Vaccination in the Punjab 1905-1918 - 1905-1918
Year: 1905
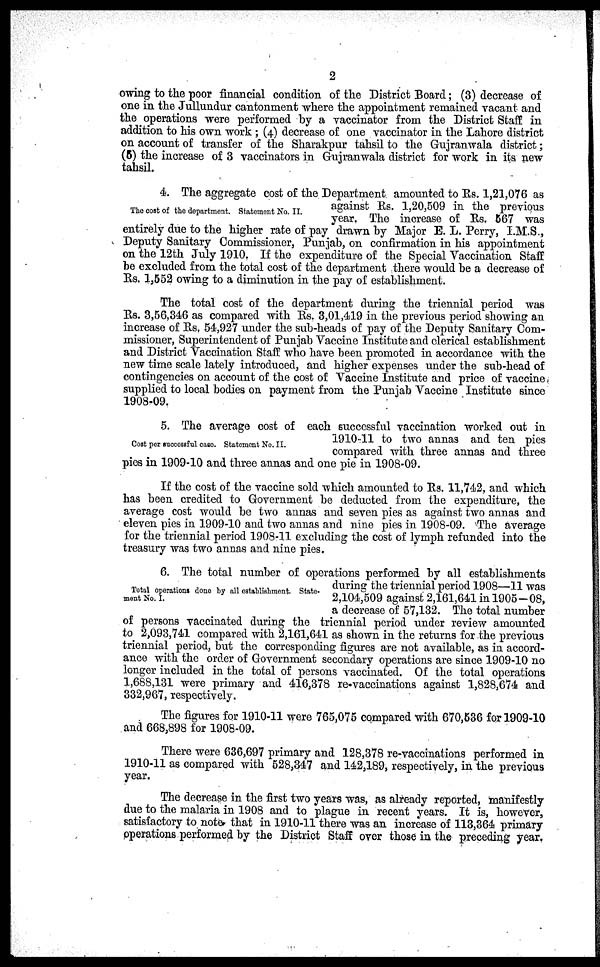
2
owing to the poor financial condition of the District Board; (3) decrease of
one in the Jullundur cantonment where the appointment remained vacant and
the operations were performed by a vaccinator from the District Staff in
addition to his own work ; (4) decrease of one vaccinator in the Lahore district
on account of transfer of the Sharakpur tahsil to the Gujranwala district;
(5) the increase of 3 vaccinators in Gujranwala district for work in its new
tahsil.
The cost of the department. Statement No. II.
4. The aggregate cost of the Department amounted to Rs. 1,21,076 as
against Rs. 1,20,509 in the previous
year. The increase of Rs. 567 was
entirely due to the higher rate of pay drawn by Major E. L. Perry, I.M.S.,
Deputy Sanitary Commissioner, Punjab, on confirmation in his appointment
on the 12th July 1910. If the expenditure of the Special Vaccination Staff
be excluded from the total cost of the department there would be a decrease of
Rs. 1,552 owing to a diminution in the pay of establishment.
The total cost of the department during the triennial period was
Rs. 3,56,346 as compared with Rs. 3,01,419 in the previous period showing an
increase of Rs. 54,927 under the sub-heads of pay of the Deputy Sanitary Com-
missioner, Superintendent of Punjab Vaccine Institute and clerical establishment
and District Vaccination Staff who have been promoted in accordance with the
new time scale lately introduced, and higher expenses under the sub-head of
contingencies on account of the cost of Vaccine Institute and price of vaccine
supplied to local bodies on payment from the Punjab Vaccine Institute since
1908-09.
Cost per successful case. Statement No. II.
5. The average cost of each successful vaccination worked out in
1910-11 to two annas and ten pies
compared with three annas and three
pies in 1909-10 and three annas and one pie in 1908-09.
If the cost of the vaccine sold which amounted to Rs. 11,742, and which
has been credited to Government be deducted from the expenditure, the
average cost would be two annas and seven pies as against two annas and
eleven pies in 1909-10 and two annas and nine pies in 1908-09. The average
for the triennial period 1908-11 excluding the cost of lymph refunded into the
treasury was two annas and nine pies.
Total operations done by all establisment State-
ment No. I.
6. The total number of operations performed by all establishments
during the triennial period 1908—11 was
2,104,509 against 2,161,641 in 1905-08,
a decrease of 57,132. The total number
of persons vaccinated during the triennial period under review amounted
to 2,093,741 compared with 2,161,641 as shown in the returns for the previous
triennial period, but the corresponding figures are not available, as in accord-
ance with the order of Government secondary operations are since 1909-10 no
longer included in the total of persons vaccinated. Of the total operations
1,688,131 were primary and 416,378 re-vaccinations against 1,828,674 and
332,967, respectively.
The figures for 1910-11 were 765,075 compared with 670,536 for 1909-10
and 668,898 for 1908-09.
There were 636,697 primary and 128,378 re-vaccinations performed in
1910-11 as compared with 528,347 and 142,189, respectively, in the previous
year.
The decrease in the first two years was, as already reported, manifestly
due to the malaria in 1908 and to plague in recent years. It is, however,
satisfactory to note that in 1910-11 there was an increase of 113,364 primary
operations performed by the District Staff over those in the preceding year.